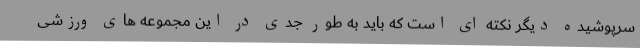
سرپوشیده دیگر نکته ای است که باید به طور جدی در این مجموعه های ورزشی